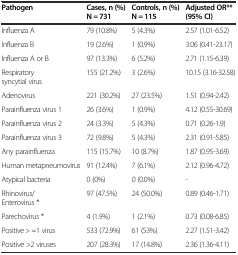
<table><thead><tr><td><b>Pathogen</b></td><td><b>Cases, n (%) N = 731</b></td><td><b>Controls, n (%) N = 115</b></td><td><b>Adjusted OR** (95% CI)</b></td></tr></thead><tbody><tr><td>Influenza A</td><td>79 (10.8%)</td><td>5 (4.3%)</td><td>2.57 (1.01-6.52)</td></tr><tr><td>Influenza B</td><td>19 (2.6%)</td><td>1 (0.9%)</td><td>3.06 (0.41-23.17)</td></tr><tr><td>Influenza A or B</td><td>97 (13.3%)</td><td>6 (5.2%)</td><td>2.71 (1.15-6.39)</td></tr><tr><td>Respiratory syncytial virus</td><td>155 (21.2%)</td><td>3 (2.6%)</td><td>10.15 (3.16-32.58)</td></tr><tr><td>Adenovirus</td><td>221 (30.2%)</td><td>27 (23.5%)</td><td>1.51 (0.94-2.42)</td></tr><tr><td>Parainfluenza virus 1</td><td>26 (3.6%)</td><td>1 (0.9%)</td><td>4.12 (0.55-30.69)</td></tr><tr><td>Parainfluenza virus 2</td><td>24 (3.3%)</td><td>5 (4.3%)</td><td>0.71 (0.26-1.9)</td></tr><tr><td>Parainfluenza virus 3</td><td>72 (9.8%)</td><td>5 (4.3%)</td><td>2.31 (0.91-5.85)</td></tr><tr><td>Any parainfluenza</td><td>115 (15.7%)</td><td>10 (8.7%)</td><td>1.87 (0.95-3.69)</td></tr><tr><td>Human metapneumovirus</td><td>91 (12.4%)</td><td>7 (6.1%)</td><td>2.12 (0.96-4.72)</td></tr><tr><td>Atypical bacteria</td><td>0 (0%)</td><td>0 (0.0%)</td><td>-</td></tr><tr><td>Rhinovirus/Enterovirus *</td><td>97 (47.5%)</td><td>24 (50.0%)</td><td>0.89 (0.46-1.71)</td></tr><tr><td>Parechovirus *</td><td>4 (1.9%)</td><td>1 (2.1%)</td><td>0.73 (0.08-6.85)</td></tr><tr><td>Positive &gt; =1 virus</td><td>533 (72.9%)</td><td>61 (53%)</td><td>2.27 (1.51-3.42)</td></tr><tr><td>Positive &gt;2 viruses</td><td>207 (28.3%)</td><td>17 (14.8%)</td><td>2.36 (1.36-4.11)</td></tr></tbody></table>